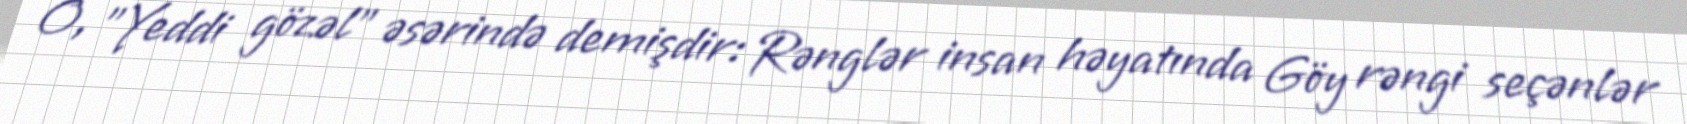
O, "Yeddi gözəl" əsərində demişdir: Rənglər insan həyatında Göy rəngi seçənlər